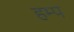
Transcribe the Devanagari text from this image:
हम्प